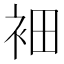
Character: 𲀩